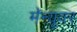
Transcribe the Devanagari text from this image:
मॅन्यूवर